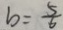
b = \frac { 5 } { 6 }